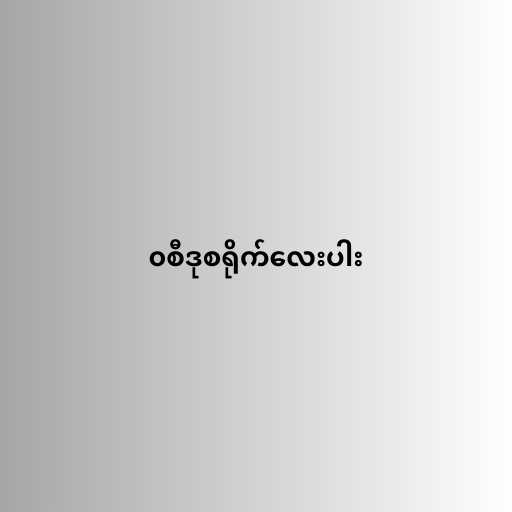
၀စီဒုစရိုက်လေးပါး